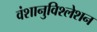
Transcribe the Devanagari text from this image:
वंशानुविश्लेशन